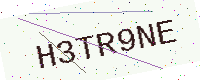
Text: H3TR9NE